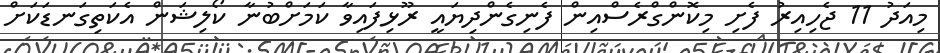
މިއަދު 11 ޖެހިއިރު ފެށި މިކޮންގްރެސްއިން ފެނިގެންދިޔައީ ރޫޅިފައިވާ ކަމަށްބުނާ ކޯލިޝަން އެކަތިގަނޑަކަށް